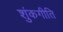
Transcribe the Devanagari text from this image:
शुंकगीति